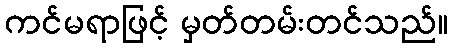
ကင်မရာဖြင့် မှတ်တမ်းတင်သည်။